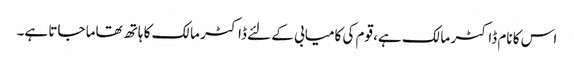
اس کا نام ڈاکٹر مالک ہے، قوم کی کامیابی کے لئے ڈاکٹر مالک کا ہاتھ تھاما جاتا ہے۔